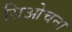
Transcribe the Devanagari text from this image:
सिओचना